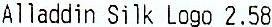
ALLADDIN SILK LOGO 2.58